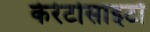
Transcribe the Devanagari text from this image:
केरेटोसाइटों